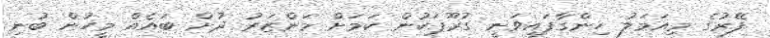
ފޭރުގެ މިއަމަލު ހިންގާފައިވަނީ ގުރޫޕަކުން ކަމަށް މަންޒަރު ދުށް ބައެއް މީހުން ބުނި